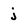
Character: j